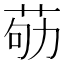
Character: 𦮿